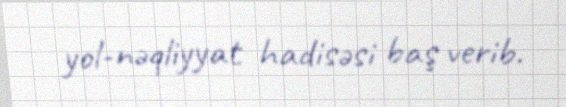
yol-nəqliyyat hadisəsi baş verib.